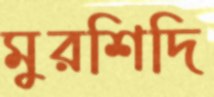
মুরশিদি